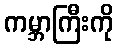
ကမ္ဘာကြီးကို